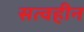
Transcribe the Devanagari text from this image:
सत्वहीन